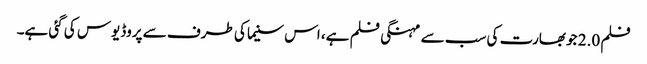
فلم 2.0 جو بھارت کی سب سے مہنگی فلم ہے، اس سنیما کی طرف سے پروڈیوس کی گئی ہے۔